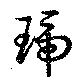
琥